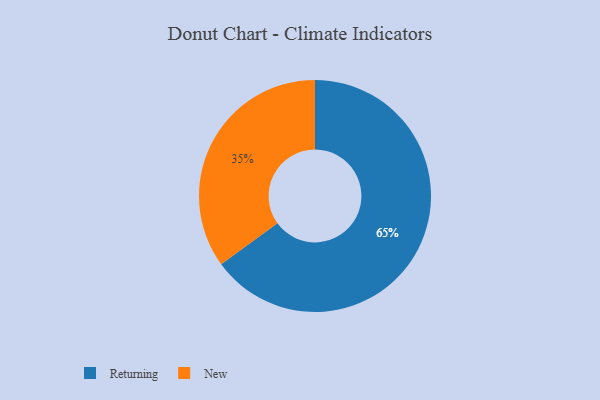
{"axis": {"x": "Category", "y": "Percentage"}, "legend": ["New", "Returning"], "data": [{"x": "New", "y": 35, "type": "New"}, {"x": "Returning", "y": 65, "type": "Returning"}]}